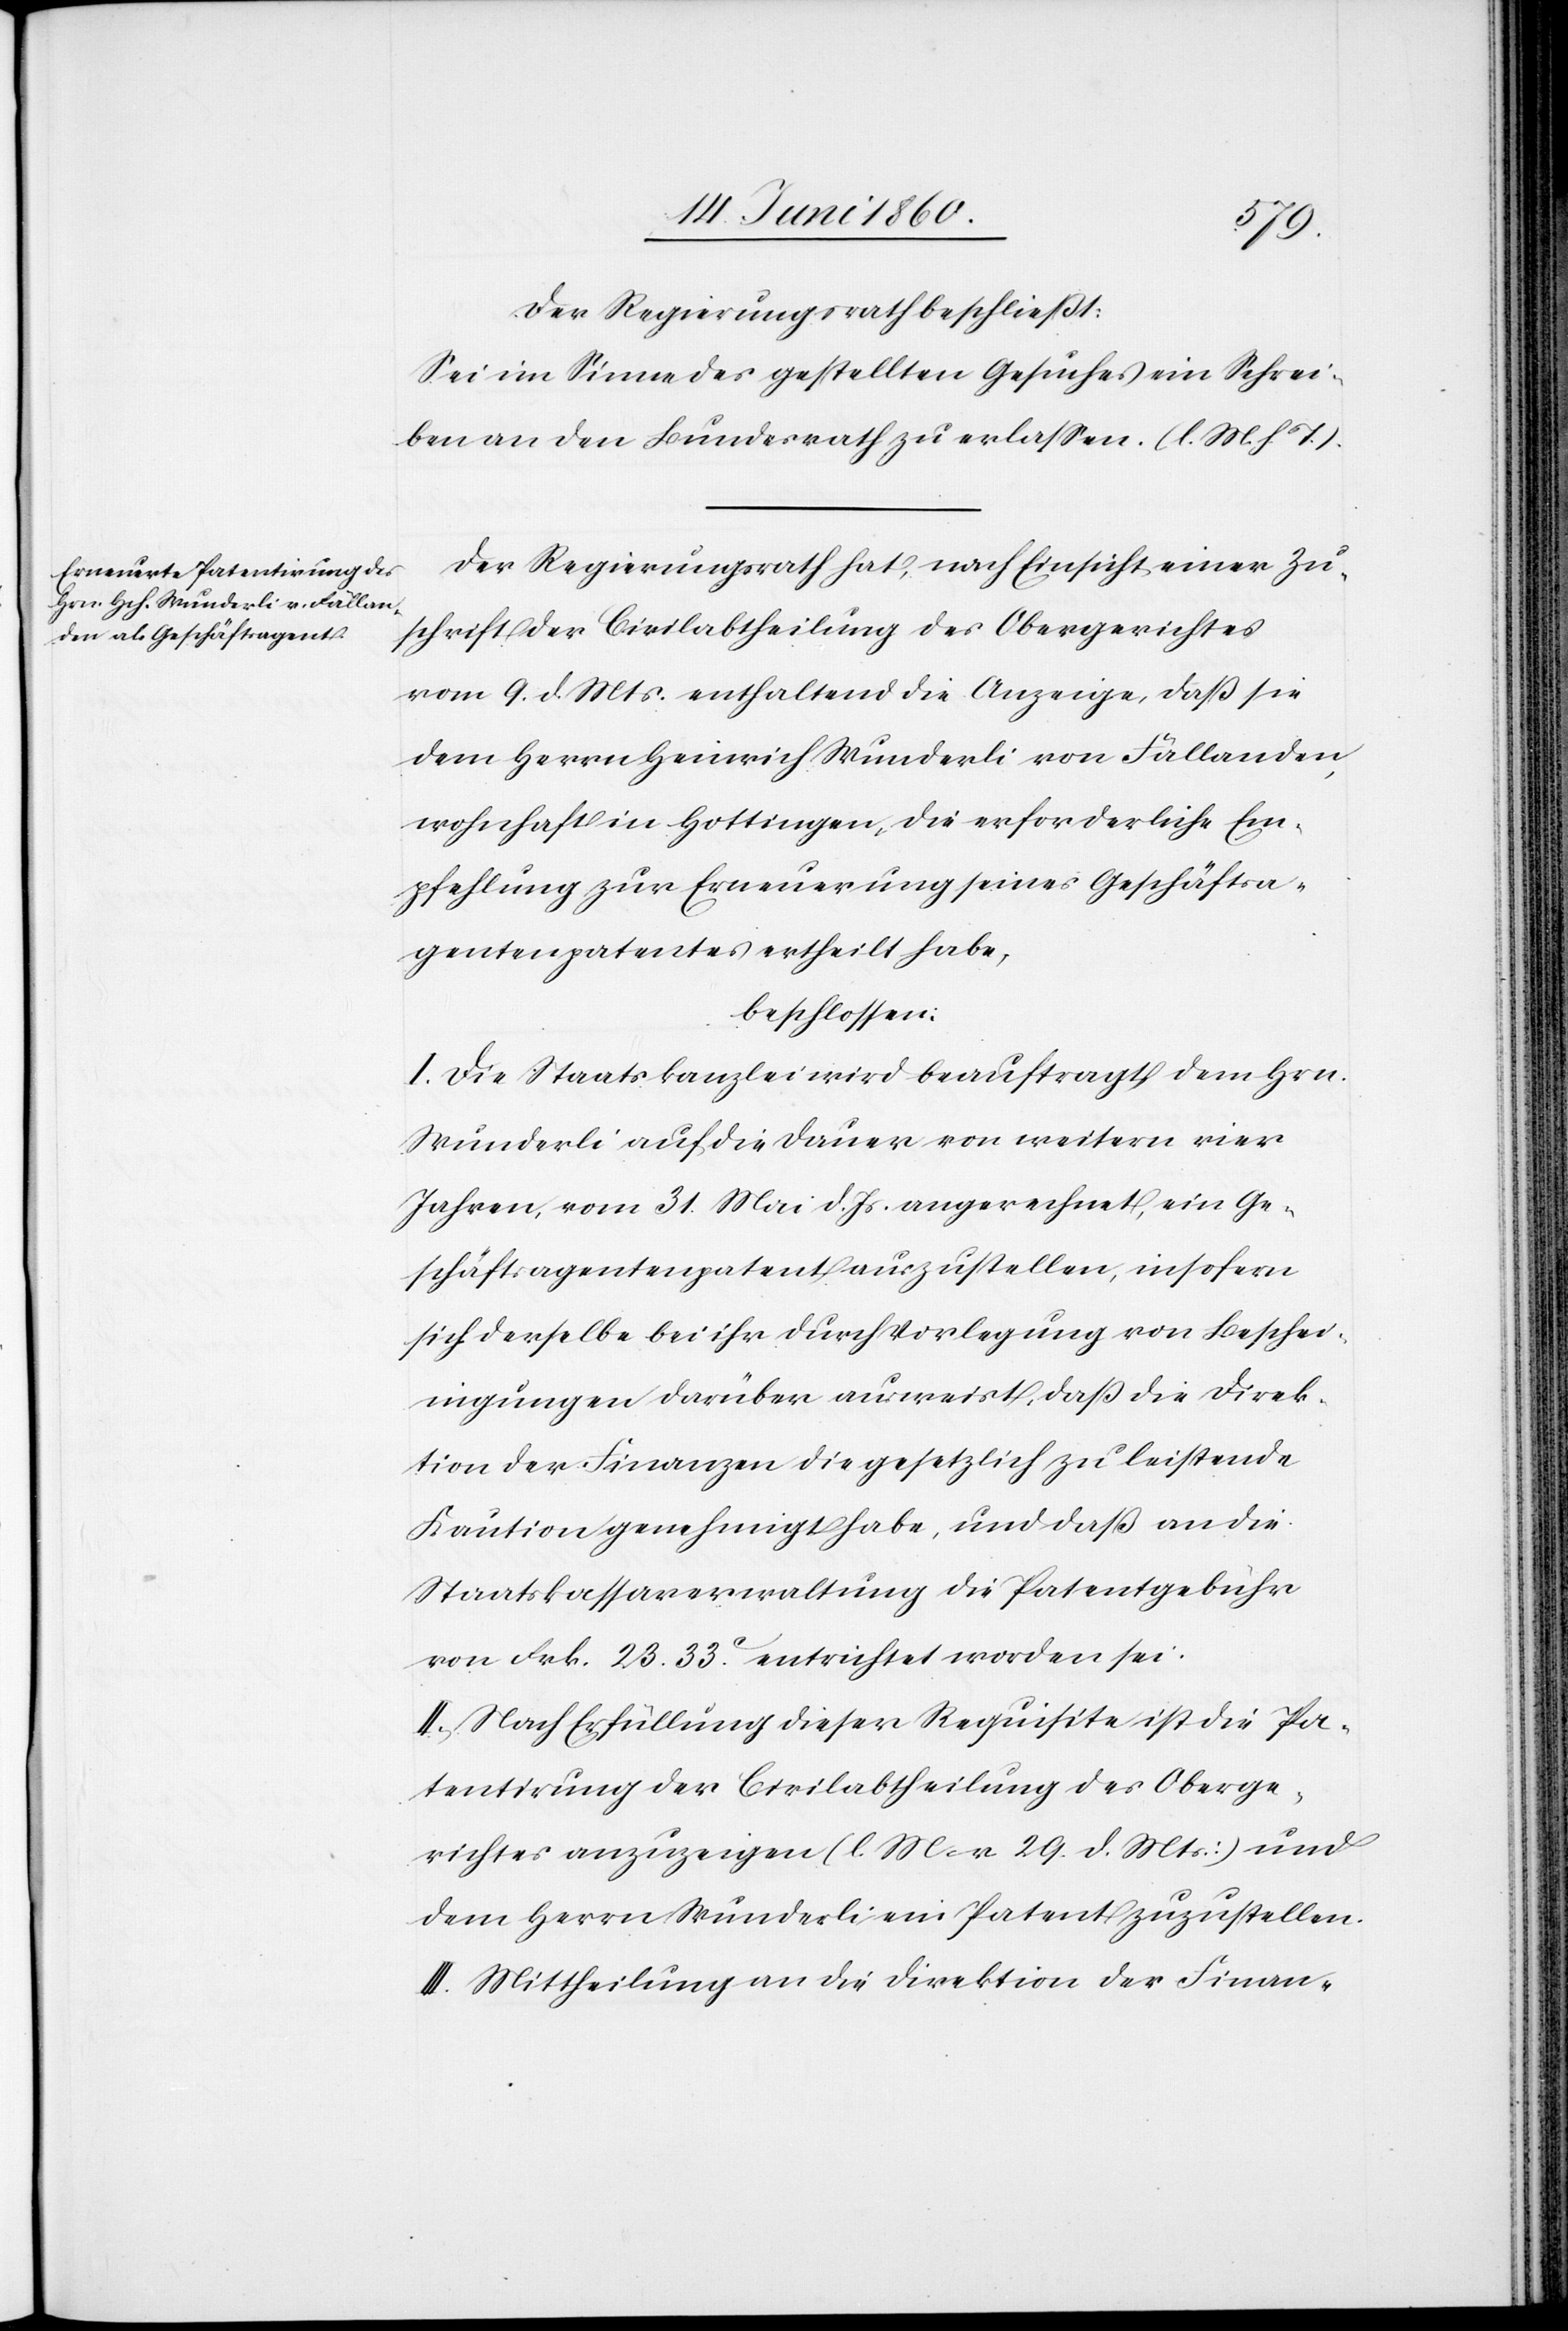
Der Regierungsrath beschließt:
Sei im Sinne des gestellten Gesuches ein Schrei¬
ben an den Bundesrath zu erlassen. (l. M. h. T.).
Der Regierungsrath hat, nach Einsicht einer Zu¬
schrift der Civilabtheilung des Obergerichtes
vom 9. d. Mts. enthaltend die Anzeige, daß sie
dem Herrn Heinrich Wunderli von Fällanden,
wohnhaft in Hottingen, die erforderliche Em¬
pfehlung zur Erneuerung seines Geschäftsa¬
gentenpatentes ertheilt habe,
beschlossen:
I. Die Staatskanzlei wird beauftragt, dem Hrn.
Wunderli auf die Dauer von weitern vier
Jahren, vom 31. Mai d. Js. an gerechnet, ein Ge¬
schäftsagentenpatent auszustellen, insofern
sich derselbe bei ihr durch Vorlegung von Beschei¬
nigungen darüber ausweist, dass die Direk¬
tion der Finanzen die gesetzlich zu leistende
Kaution genehmigt habe, und daß an die
Staatskassaverwaltung die Patentgebühr
von Frk. 23. 33C entrichtet worden sei.
II. Nach Erfüllung dieser Requisite ist die Pa¬
tentirung der Civilabtheilung des Oberge¬
richtes anzuzeigen (l. M. v. 29. d. Mts.) und
dem Herrn Wunderli ein Patent zuzustellen.
III. Mittheilung an die Direktion der Finan-